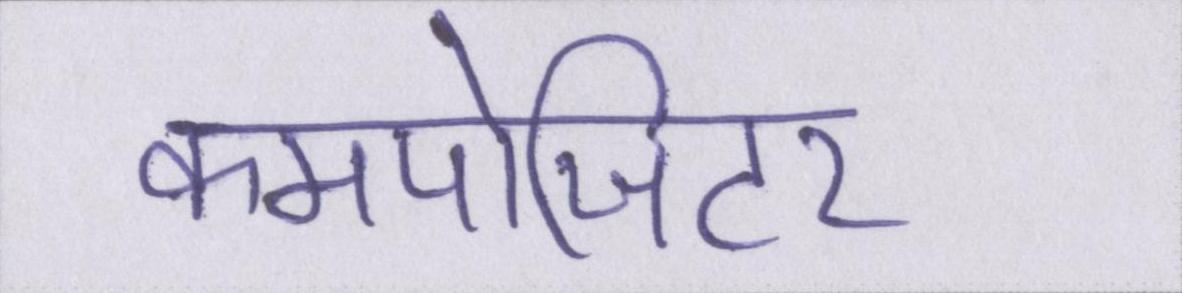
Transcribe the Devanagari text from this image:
कमपोजिटर